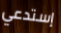
إستدعي